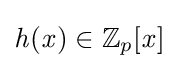
{\mathit {h}}({\mathit {x}})\in \mathbb {Z} _{p}[{\mathit {x}}]